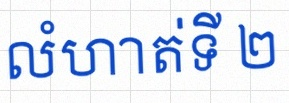
លំហាត់ទី ២